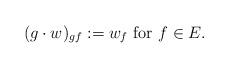
LaTeX: \begin{align*} (g \cdot w)_{ g f}:= w_f \mbox{ for } f \in E.\end{align*}